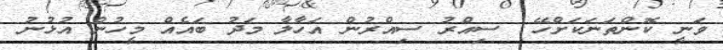
ވަނީ ކޮންތަނަކަށްހޭ  ސިއްރު ސިއްރުން އަހާލާ މަދު ބައެއް މީހުން އުޅުނު